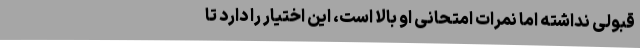
قبولی نداشته اما نمرات امتحانی او بالا است، این اختیار را دارد تا